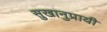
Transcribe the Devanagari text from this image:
सुखानुप्रायी